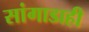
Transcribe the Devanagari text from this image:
सांगाडाही